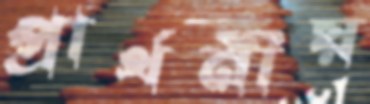
প্রার্থনীয়